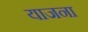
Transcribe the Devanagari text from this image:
याजना